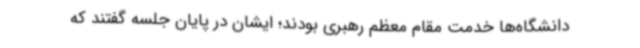
دانشگاه‌ها خدمت مقام معظم رهبری بودند؛ ایشان در پایان جلسه گفتند که